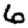
Digit: 6